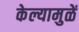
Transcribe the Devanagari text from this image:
केल्यामुळें